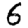
Digit: 6